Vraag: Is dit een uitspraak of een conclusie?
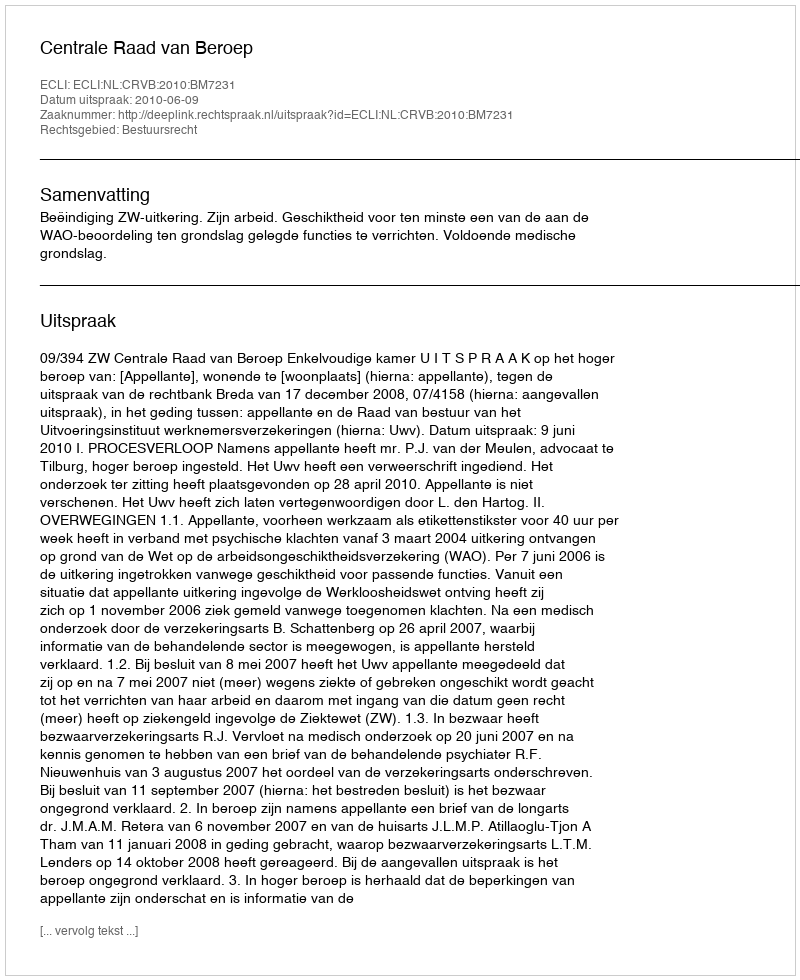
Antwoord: Uitspraak